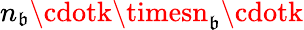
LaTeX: n_{\mathfrak{b}}\cdotk\timesn_{\mathfrak{b}}\cdotk